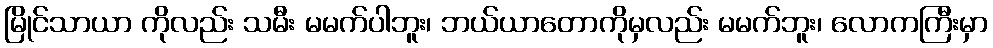
မြိုင်သာယာ ကိုလည်း သမီး မမက်ပါဘူး၊ ဘယ်ယာတောကိုမှလည်း မမက်ဘူး၊ လောကကြီးမှာ